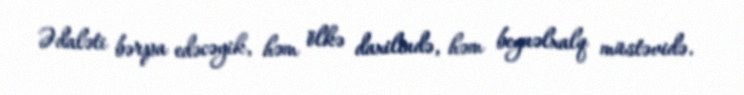
Ədaləti bərpa edəcəyik, həm ölkə daxilində, həm beynəlxalq müstəvidə.